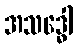
အသဒ္ဓေါ